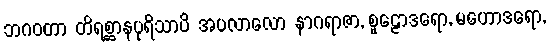
ဘဂဝတာ တိရစ္ဆာနပုရိသာပိ အပလာလော နာဂရာဇာ, စူဠောဒရော, မဟောဒရော,